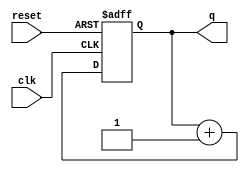
module bcounter32(
		input wire 	   clk,
		input wire 	   reset, 
		output wire [31:0] q);
   
   reg [31:0] 			   areg;
   reg [31:0] 			   areg_next;
   
   always @(posedge clk, posedge reset)
     if (reset)
       areg  <= 32'b0;
     else
       areg  <= areg_next;
   
   always @(*)
     areg_next = areg + 32'b1;
   
   assign q = areg;
   
endmodule